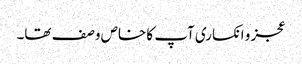
عجز و انکساری آپ کا خاص وصف تھا۔